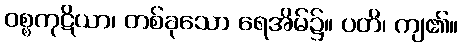
ဝစ္စကုဋိယာ၊ တစ်ခုသော ရေအိမ်၌။ ပတိ၊ ကျ၏။